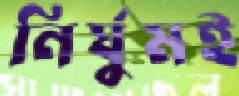
নির্ঘুমই